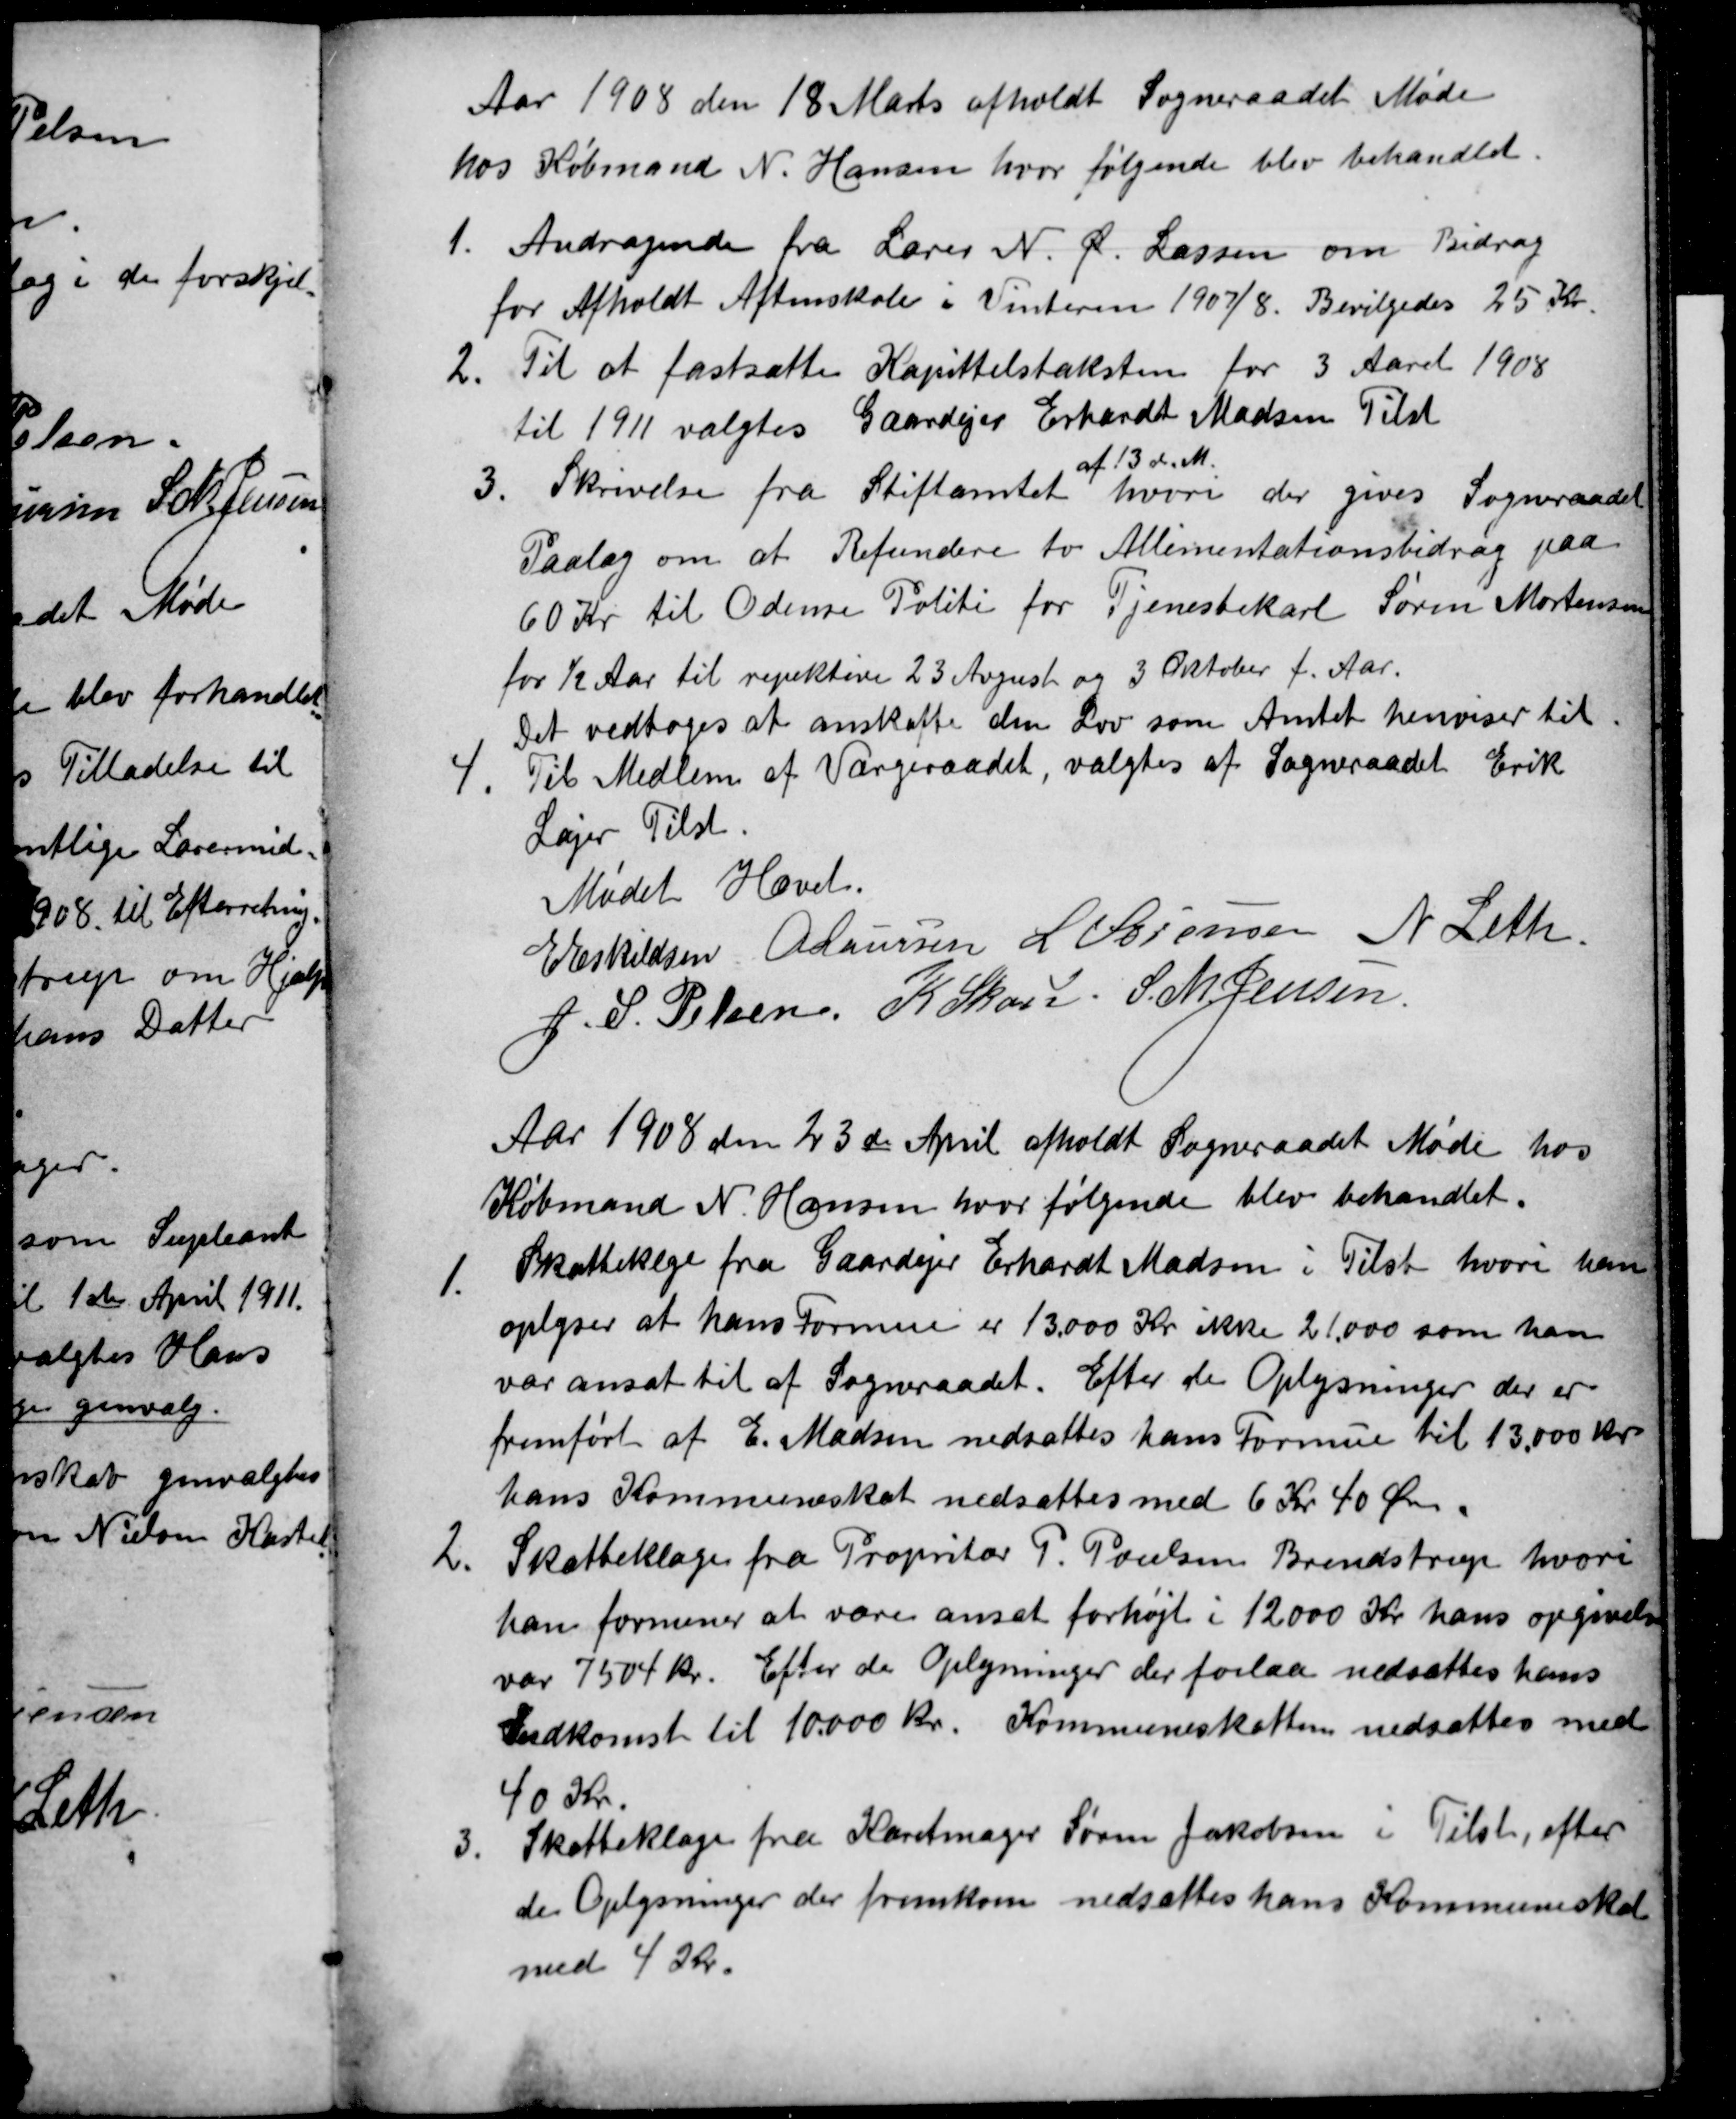
Transskription:
Aar 1908 den 18 Marts afholdt Sogneraadet Møde
hos Købmand N. Hansen, hvor følgende blev behandlet.
1.
Andragende fra Lærer N. Ø. Lassen om Bidrag
for Afholdt Aftenskole i Vinteren 1907/8. Bevilgedes 25 Kr.
2.
Til at fastsætte Kapittelstaksten for 3 Aaret 1908
til 1911 valgtes Gaardejer Erhardt Madsen Tilst
3.
Skrivelse fra Stiftamtet
af 13 d.M.
hvori der gives Sogneraadet
Paalæg om at Refundere to Allimentationsbidrag paa
60 Kr til Odense Politi for Tjenestekarl Søren Mortensen
for ½ Aar til repektive 23 August og 3 Oktober f. Aar.
Det vedtoges at anskaffe den Lov som Amtet henviser til
4. 
Til Medlem af Værgeraadet, valgtes af Sogneraadet Erik
Lajer Tilst.
Mødet Hævet.
E Eskildsen A Laursen L. Sørensen N Leth.
J. S. Pelsen. K Skou. S. M. Jensen
Aar 1908 den 23de April afholdt Sogneraadet Møde hos
Købmand N. Hansen, hvor følgende blev behandlet.
1.
Skatteklge fra Gaardejer Erhardt Madsen i Tilst hvori han
oplyser at hans Formue er 13.000 Kr ikke 21.000 som han
var ansat til af Sogneraadet. Efter de Oplysninger der er
fremført af E. Madsen nedsattes hans Formue til 13.000 Kr.
hans Kommuneskat nedsattes med 6 Kr 40 Øre.
2.
Skatteklage fra Propritær P. Poulsen Brendstrup hvori
han formener at være ansat forhøjt i 12000 Kr hans opgivelse
var 7504 kr. Efter de Oplysninger der forelaa nedsattes hans
Indkomst til 10.000 kr. Kommuneskatten nedsattes med
40 Kr.
3.
Skatteklage fra Karetmager Søren Jakobsen i Tilst, efter
de Oplysninger der fremkom nedsattes hans Kommuneskat
med 4 Kr.